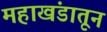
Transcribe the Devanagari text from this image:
महाखंडातून